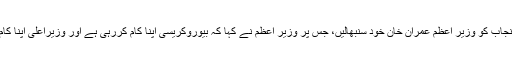
اجلاس کے دوران ارکان اسمبلی نے اس بات پر زور دیا کہ پنجاب کو وزیر اعظم عمران خان خود سنبھالیں، جس پر وزیر اعظم نے کہا کہ بیوروکریسی اپنا کام کررہی ہے اور وزیراعلی اپنا کام کررہے ہیں، پنجاب میں بہترین انتظامی ٹیم لے کر آئے ہیں۔